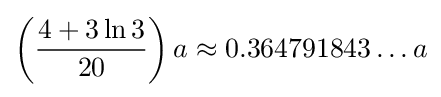
\left({\frac {4+3\ln 3}{20}}\right)a\approx 0.364791843\ldots a